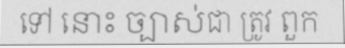
ទៅ នោះ ច្បាស់ជា ត្រូវ ពួក